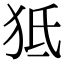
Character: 𤝬